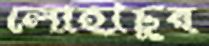
লোহাচুর